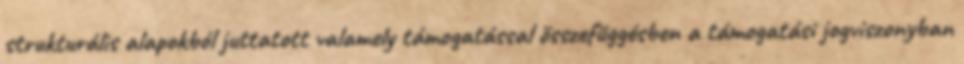
strukturális alapokból juttatott valamely támogatással összefüggésben a támogatási jogviszonyban